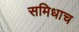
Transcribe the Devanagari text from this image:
समिधाच